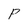
Character: P